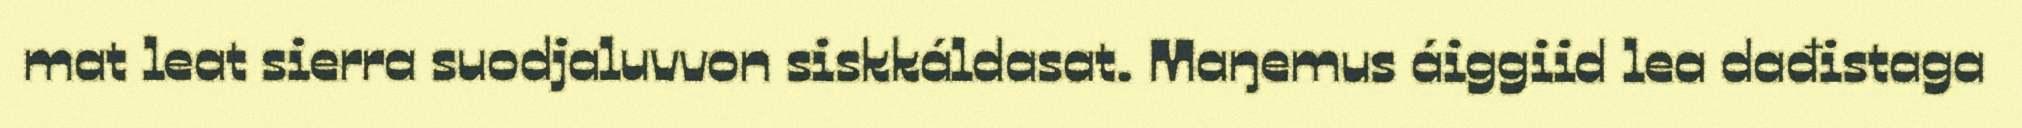
mat leat sierra suodjaluvvon siskkáldasat. Maŋemus áiggiid lea dađistaga